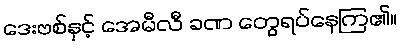
ဒေးဗစ်နှင့် အေမီလီ ခဏ တွေရပ်နေကြ၏။